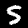
Digit: 5